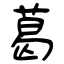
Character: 葛